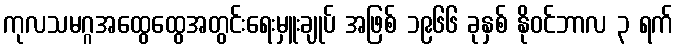
ကုလသမဂ္ဂအထွေထွေအတွင်းရေးမှူးချုပ် အဖြစ် ၁၉၆၆ ခုနှစ် နိုဝင်ဘာလ ၃ ရက်